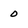
Character: 0